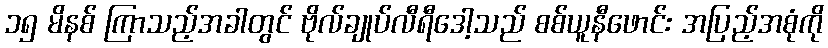
၁၅ မိနစ် ကြာသည့်အခါတွင် ဗိုလ်ချုပ်လီရီဒေါ့သည် စစ်ယူနီဖောင်း အပြည့်အစုံကို